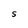
Character: S